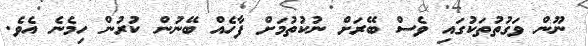
ނޫން ވަގުތުތަކުގައި ވެސް ބޭރަށް ނުކުތުމަށް ފާހެއް ބޭނުން ކުރުން ހިމެނެ އެވެ.